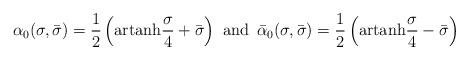
LaTeX: \begin{align*}\alpha_0(\sigma,\bar{\sigma})=\frac{1}{2}\left(\mbox{artanh}\frac{\sigma}{4}+\bar{\sigma}\right)\,\,\mbox{and}\,\,\,\bar{\alpha}_0(\sigma,\bar{\sigma})=\frac{1}{2}\left(\mbox{artanh}\frac{\sigma}{4}-\bar{\sigma}\right)\end{align*}